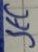
Text: SEC